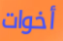
أخوات